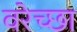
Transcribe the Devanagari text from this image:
वरेच्छा